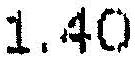
1.40